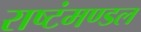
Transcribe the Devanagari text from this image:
राष्टंमण्डल